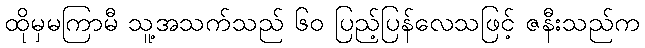
ထိုမှမကြာမီ သူ့အသက်သည် ၆၀ ပြည့်ပြန်လေသဖြင့် ဇနီးသည်က